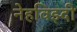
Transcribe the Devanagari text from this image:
नेहविझ्दी